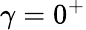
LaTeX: \gamma=0^{+}